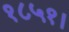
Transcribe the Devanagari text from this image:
१८५१।